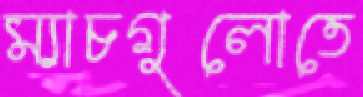
ম্যাচগুলোতে